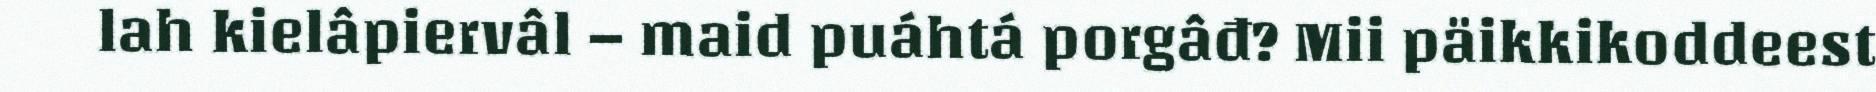
lah kielâpiervâl – maid puáhtá porgâđ? Mii päikkikoddeest